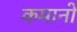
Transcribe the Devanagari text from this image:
कमानो